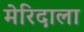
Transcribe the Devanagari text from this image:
मेरिदाला